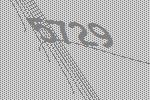
5729